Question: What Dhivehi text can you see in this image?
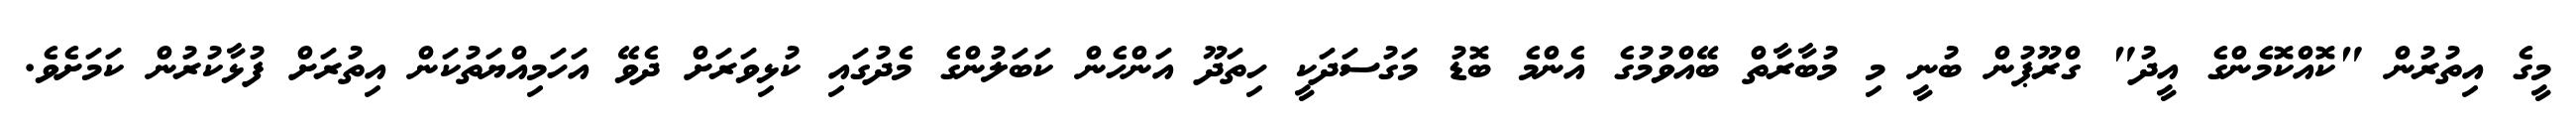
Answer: މީގެ އިތުރުން "ކޮއްކޮމެންގެ އީދު" ގްރޫޕުން ބުނީ މި މުބާރާތް ބޭއްވުމުގެ އެންމެ ބޮޑު މަގުސަދަކީ ހިތަދޫ އަންހެން ކަބަލުންގެ މެދުގައި ކުޅިވަރަށް ދެވޭ އަހަމިއްޔަތުކަން އިތުރަށް ފުޅާކުރުން ކަމަށެވެ.